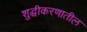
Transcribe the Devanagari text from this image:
शुद्घीकरणातील